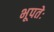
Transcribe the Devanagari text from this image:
भूपतेः